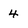
Character: 4